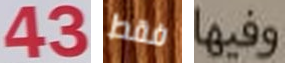
43 فقط وفيها